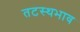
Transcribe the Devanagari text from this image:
तटस्थभाव